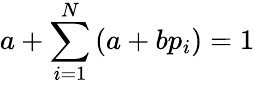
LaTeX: a+\sum_{i=1}^{N}\left(a+bp_{i}\right)=1